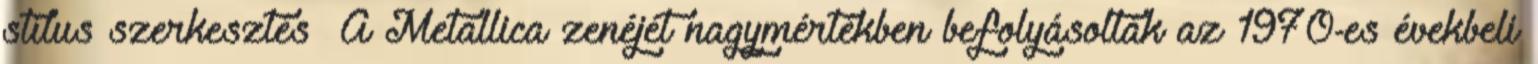
stílus szerkesztés A Metallica zenéjét nagymértékben befolyásolták az 1970-es évekbeli